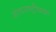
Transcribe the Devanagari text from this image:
अंतरराष्ट्रीयका